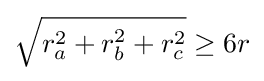
{\sqrt {r_{a}^{2}+r_{b}^{2}+r_{c}^{2}}}\geq 6r